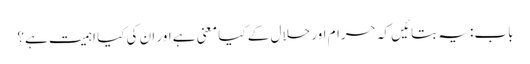
باب: یہ بتائیں کہ حرام اور حلال کے کیا معنی ہے اور ان کی کیا اہمیت ہے؟